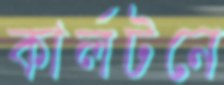
কার্লটনে